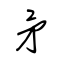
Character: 矛